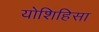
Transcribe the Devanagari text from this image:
योशिहिसा